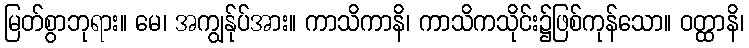
မြတ်စွာဘုရား။ မေ၊ အကျွန်ုပ်အား။ ကာသိကာနိ၊ ကာသိကသိုင်း၌ဖြစ်ကုန်သော။ ဝတ္ထာနိ၊